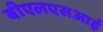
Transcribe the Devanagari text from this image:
बीएलएसआई